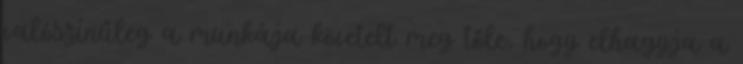
valószínűleg a munkája követelt meg tőle, hogy elhagyja a